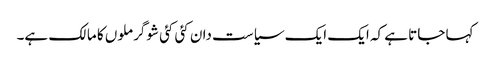
کہا جاتا ہے کہ ایک ایک سیاست دان کئی کئی شوگر ملوں کا مالک ہے۔